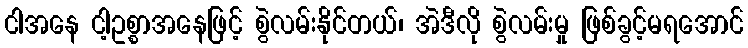
ငါအနေ ငါ့ဥစ္စာအနေဖြင့် စွဲလမ်းနိုင်တယ်၊ အဲဒီလို စွဲလမ်းမှု ဖြစ်ခွင့်မရအောင်